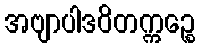
အဗျာပါဒဝိတက္ကဉ္စေ